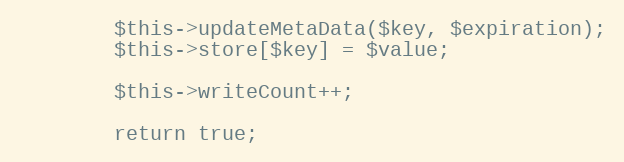
Language: PHP
        $this->updateMetaData($key, $expiration);
        $this->store[$key] = $value;

        $this->writeCount++;

        return true;